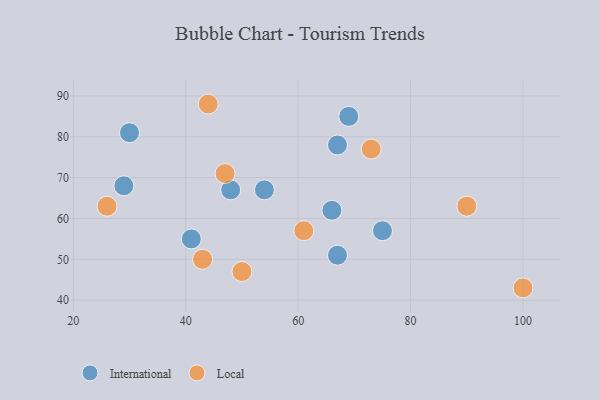
{"axis": {"x": "GDP", "y": "Life Expectancy"}, "legend": ["International", "Local"], "data": [{"x": "66", "y": 62, "type": "International"}, {"x": "69", "y": 85, "type": "International"}, {"x": "29", "y": 68, "type": "International"}, {"x": "30", "y": 81, "type": "International"}, {"x": "75", "y": 57, "type": "International"}, {"x": "67", "y": 78, "type": "International"}, {"x": "41", "y": 55, "type": "International"}, {"x": "54", "y": 67, "type": "International"}, {"x": "48", "y": 67, "type": "International"}, {"x": "67", "y": 51, "type": "International"}, {"x": "100", "y": 43, "type": "Local"}, {"x": "43", "y": 50, "type": "Local"}, {"x": "50", "y": 47, "type": "Local"}, {"x": "61", "y": 57, "type": "Local"}, {"x": "44", "y": 88, "type": "Local"}, {"x": "26", "y": 63, "type": "Local"}, {"x": "73", "y": 77, "type": "Local"}, {"x": "47", "y": 71, "type": "Local"}, {"x": "90", "y": 63, "type": "Local"}]}